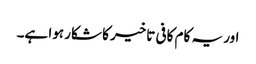
اور یہ کام کافی تاخیر کا شکار ہوا ہے۔